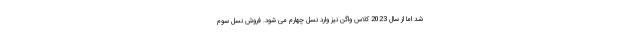
شد اما از سال 2023 کلاس واگن نیز وارد نسل چهارم می شود. فروش نسل سوم